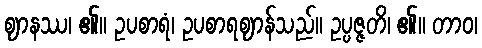
ဈာနဿ၊ ၏။ ဥပစာရံ၊ ဥပစာရဈာန်သည်။ ဥပ္ပဇ္ဇတိ၊ ၏။ တာဝ၊